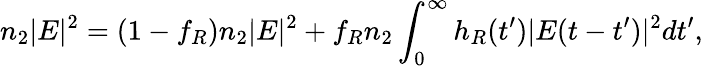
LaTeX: n_{2}|E|^{2}=(1-f_{R})n_{2}|E|^{2}+f_{R}n_{2}\int_{0}^{\infty}h_{R}(t^{\prime})|E(t-t^{\prime})|^{2}dt^{\prime},